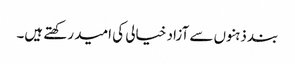
بند ذہنوں سے آزاد خیالی کی امید رکھتے ہیں۔